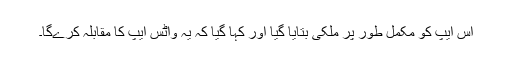
اس ایپ کو مکمل طور پر ملکی بتایا گیا اور کہا گیا کہ یہ واٹس ایپ کا مقابلہ کرےگا۔